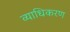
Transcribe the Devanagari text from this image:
व्याधिकरण